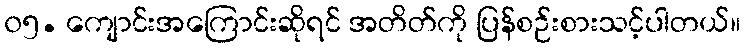
၀၅. ကျောင်းအကြောင်းဆိုရင် အတိတ်ကို ပြန်စဉ်းစားသင့်ပါတယ်။